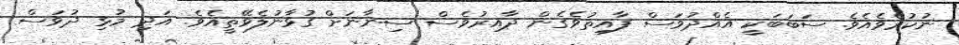
ނުކުރެވެއެވެ. ސަބަބަކީ އެއްދުވަސް ފާއިތުވެގެން ދާއިރުވެސް ސިނާނަށް ގުޅާނުލެވޭތީއެވެ. އަދި މުޅި ދުވަސް